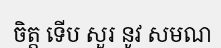
ចិត្ត ទើប សួរ នូវ សមណ